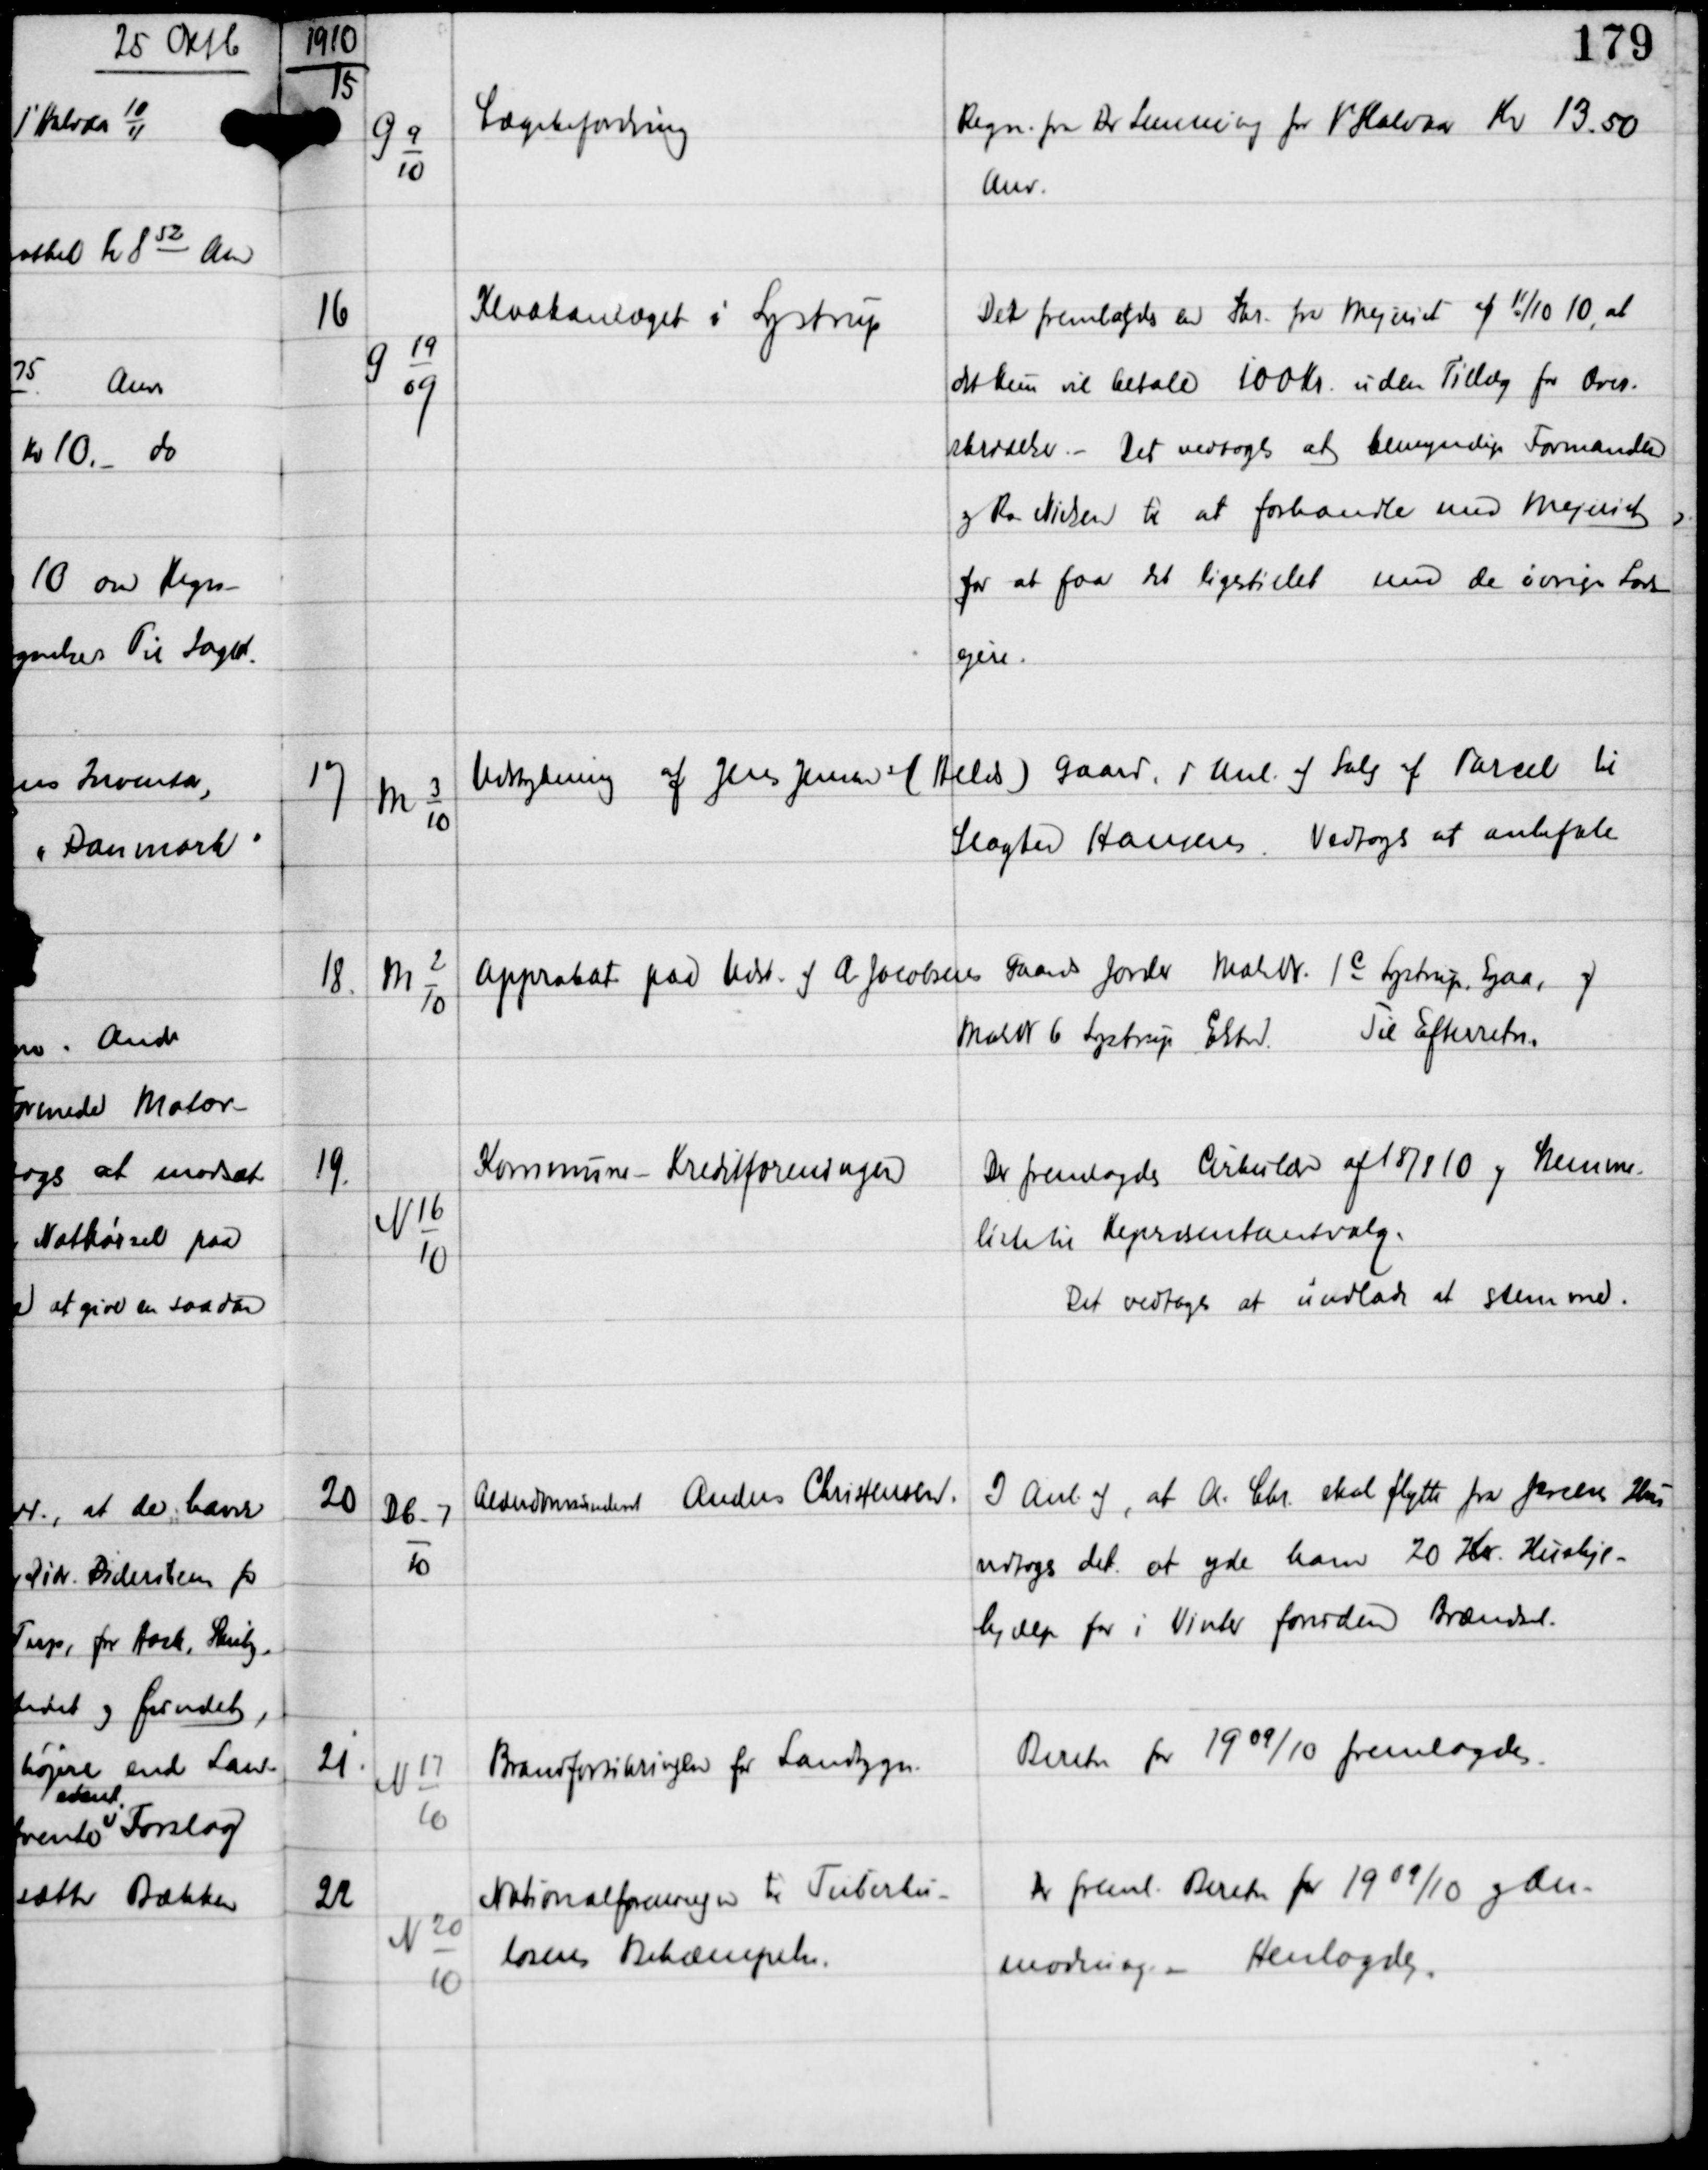
Transskription:
1910

15

G 9
10

Lægebefordring

Regn fra Dr Lemming for 1' Halvaar Kr 13.50
Anv.

16

G 19
09

Kloakanlæget i Lystrup

Der fremlagdes en Skr fra Mejeriet af 11/10 10, at
det kun vil betale 100 Kr uden Tillæg for Over-
skridelser. -
Det vedtoges at bemyndige Formanden
og Rs Nielsen til at forhandle med Mejeriet
for at faa det ligestillet med de øvrige Lods-
ejere.

17

M 3
10

Udstykning af Jens Jensens (Helds) gaard i Anl af Salg af Parcel til
Slagter Hansen.
Vedtoges at anbefale

18.

M 2
10

Approbat paa Udst af A Jacobsens Gaards Jorder Matr. 1c Lystrup Egaa, og
Matr 6 Lystrup Elsted
Til Efterretn.

19.

N 16
10

Kommune - Kreditforeningen

Der fremlagdes Cirkulære af 18/8 10 og Stemme-
liste til Repræsentantskabsvalg.
Det vedtoges at undlade at stemme.

20

Db-7
10

Alderdomsunderst Anders Christensen.

I Anl af, at A. Chr skal flytte fra Jensens Hus
vedtoges det, at yde ham 20 Kr Husleje-
hjælp for i Vinter foruden Brændsel.

21

N 17
10

Brandforsikringen for Landbygn.

Beretn for 1909/10 fremlagdes.

22

N 20
10

Nationalforeningen til Tuberku-
losens Bekæmpelse.

Der freml Beretn for 1909/10 og An-
modning.
Henlagdes.